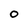
Character: O